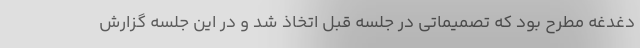
دغدغه مطرح بود که تصمیماتی در جلسه قبل اتخاذ شد و در این جلسه گزارش